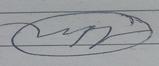
Signature authenticity: forged